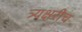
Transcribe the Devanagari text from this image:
त्र्यक्षरीच